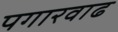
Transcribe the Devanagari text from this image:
पगारवाढ